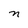
Character: n